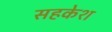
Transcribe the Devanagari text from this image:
सहकेश